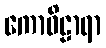
ကောဝိဠာရာ